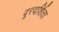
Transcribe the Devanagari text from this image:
दूरदर्शिता